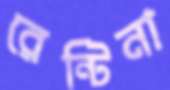
রেন্টিনা